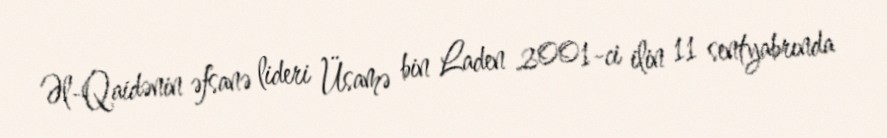
Əl-Qaidənin əfsanə lideri Üsamə bin Laden 2001-ci ilin 11 sentyabrında